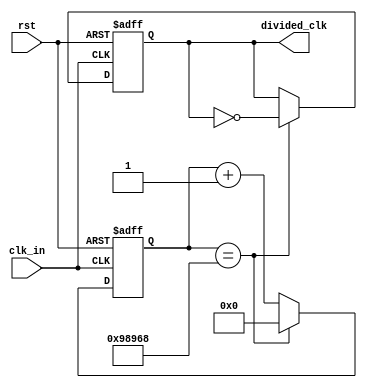
`timescale 1ns / 1ps
//////////////////////////////////////////////////////////////////////////////////
// Company: 
// Engineer: 
// 
// Create Date:    
// Design Name: 
// Module Name:    clk_divider25 
// Project Name: 
// Target Devices: 
// Tool versions: 
// Description: 
//
// Dependencies: Generates a clock with period 50 ms, from 25 MHz input clock, T=0.00004 ms
//						A counter counts till 625.000 = 010011000100101101000
// Revision: 
// Revision 0.01 - File Created
// Additional Comments: 
//
//////////////////////////////////////////////////////////////////////////////////
module clk_divider25(
	input clk_in,
	input rst,
	output reg divided_clk
    );
	 
	 

parameter toggle_value = 21'b010011000100101101000;
	 
reg[20:0] cnt;

always@(posedge clk_in or posedge rst)
begin
	if (rst==1) begin
		cnt <= 0;
		divided_clk <= 0;
	end
	else begin
		if (cnt==toggle_value) begin
			cnt <= 0;
			divided_clk <= ~divided_clk;
		end
		else begin
			cnt <= cnt +1;
			divided_clk <= divided_clk;		
		end
	end

end
			  
	


endmodule